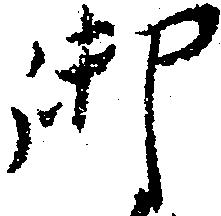
御